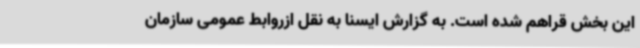
این بخش قراهم شده است. به گزارش ایسنا به نقل ازروابط عمومی سازمان